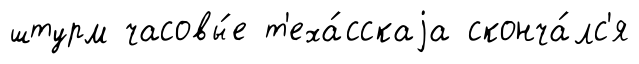
штурм часовы́е т'еха́сскаjа сконча́лс'я